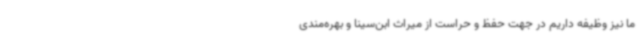
ما نیز وظیفه داریم در جهت حفظ و حراست از میراث ابن‌سینا و بهره‌مندی